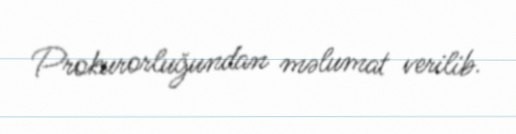
Prokurorluğundan məlumat verilib.